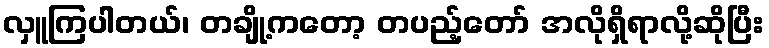
လှူကြပါတယ်၊ တချို့ကတော့ တပည့်တော် အလိုရှိရာလို့ဆိုပြီး